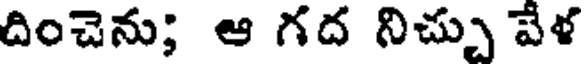
దించెను; ఆ గద నిచ్చు వేళ